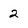
Character: 2